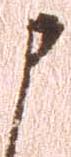
申